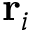
\mathbf { r } _ { i }